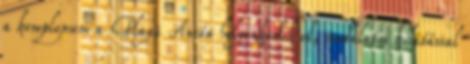
a komplexum a Playa Ancón helyezkedik el, csodálatos kilátással